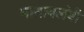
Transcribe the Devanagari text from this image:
मातावलंबी